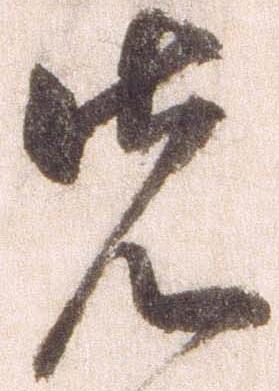
先